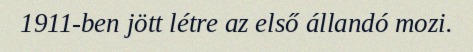
1911-ben jött létre az első állandó mozi.